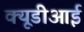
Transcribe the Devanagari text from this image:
क्यूडीआई